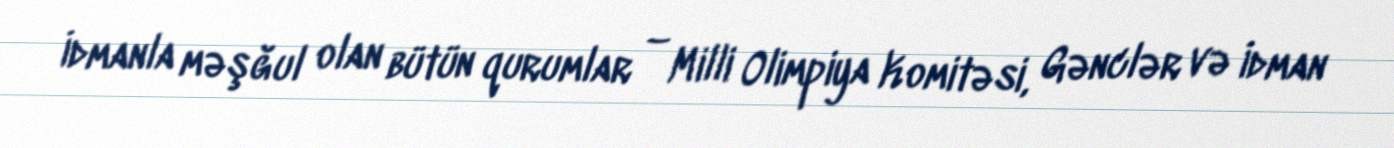
İdmanla məşğul olan bütün qurumlar – Milli Olimpiya Komitəsi, Gənclər və İdman